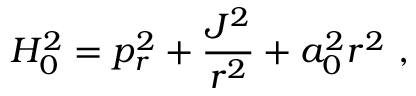
H _ { 0 } ^ { 2 } = p _ { r } ^ { 2 } + { \frac { J ^ { 2 } } { r ^ { 2 } } } + a _ { 0 } ^ { 2 } r ^ { 2 } \ ,